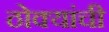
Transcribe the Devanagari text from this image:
ठोक्यांची